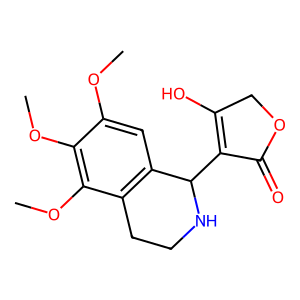
SMILES: COc1cc2c(c(OC)c1OC)CCNC2C1=C(O)COC1=O
Inhibits HIV replication: No